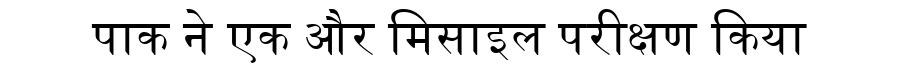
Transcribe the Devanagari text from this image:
पाक ने एक और मिसाइल परीक्षण किया